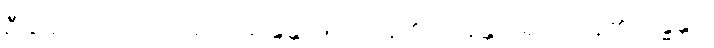
ဦးခေါင်းကိုသော်လည်း။ ဆိန္ဒန္တိ၊ ဖြတ်ကုန်၏။ ဟနန္တိပိ၊ ရိုက်ကုန်၏။ ဗန္ဓန္တိပိ၊